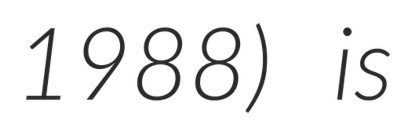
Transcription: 1988) is